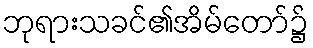
ဘုရားသခင်၏အိမ်တော်၌